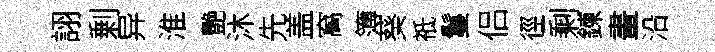
詡剰异淮艷沐先盖窩簿葵祗鬘侣徑剩鍊畫沿